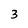
Character: 3